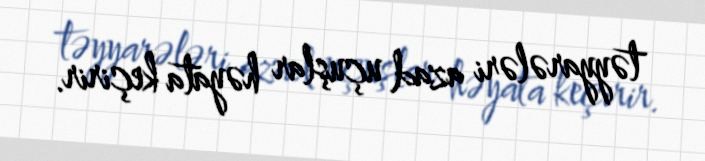
təyyarələri azad uçuşlar həyata keçirir.